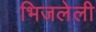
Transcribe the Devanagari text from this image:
भिजलेली